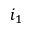
i _ { 1 }